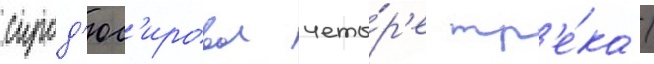
спрод'юс'ировал четы́р'е тр'е́ка /